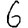
Digit: 6